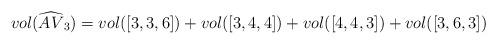
LaTeX: \begin{align*}vol(\widehat{AV}_3) = vol([3,3,6]) + vol([3,4,4]) + vol([4,4,3]) + vol([3,6,3])\\\end{align*}